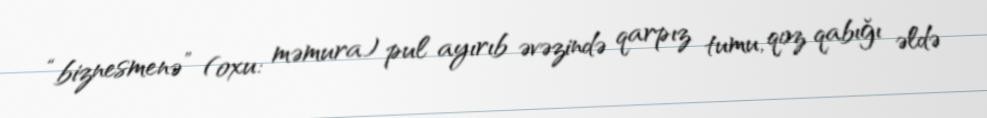
“biznesmenə” (oxu: məmura) pul ayırıb əvəzində qarpız tumu, qoz qabığı əldə